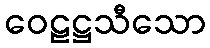
ဝေဠဋ္ဌသီသော